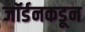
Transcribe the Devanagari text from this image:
जॉर्डनकडून